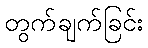
တွက်ချက်ခြင်း